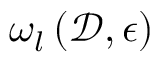
\omega _ { l } \left( \mathcal { D } , \epsilon \right)